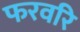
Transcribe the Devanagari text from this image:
फरवरि